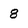
Character: 8